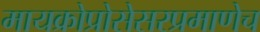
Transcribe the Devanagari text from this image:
मायक्रोप्रोसेसरप्रमाणेच